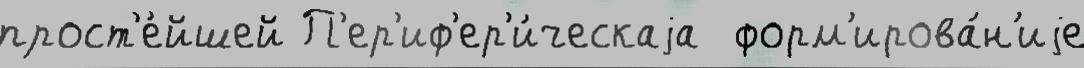
прост'е́йшей П'ер'иф'ер'и́ческаjа  форм'ирова́н'иjе